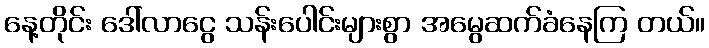
နေ့တိုင်း ဒေါ်လာငွေ သန်းပေါင်းများစွာ အမွေဆက်ခံနေကြ တယ်။